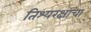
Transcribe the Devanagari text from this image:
तिश्यरक्षाचा